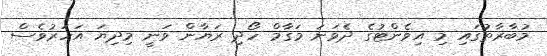
މުބާރާތުގައި މި އިވެންޓުގެ ދެވަނަ މަގާމް ހޯދި ރަޔާން ވަނީ މިދިޔަ އަހަރުވެސް